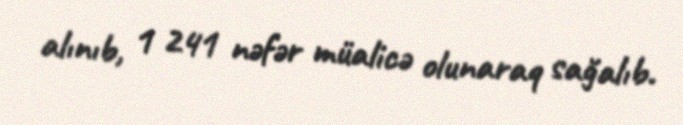
alınıb, 1 241 nəfər müalicə olunaraq sağalıb.